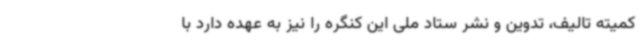
کمیته تالیف، تدوین و نشر ستاد ملی این کنگره را نیز به عهده دارد با